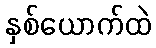
နှစ်ယောက်ထဲ